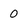
Character: 0